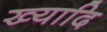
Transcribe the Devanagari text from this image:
ख्यादि